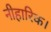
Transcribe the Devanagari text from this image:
नीहारिक।